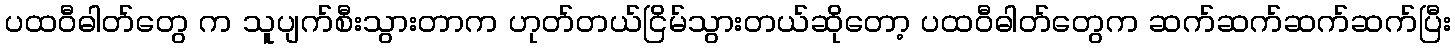
ပထဝီဓါတ်တွေ က သူပျက်စီးသွားတာက ဟုတ်တယ်ငြိမ်သွားတယ်ဆိုတော့ ပထဝီဓါတ်တွေက ဆက်ဆက်ဆက်ဆက်ပြီး